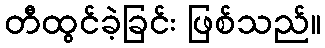
တီထွင်ခဲ့ခြင်း ဖြစ်သည်။